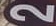
2